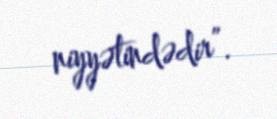
niyyətindədir”.